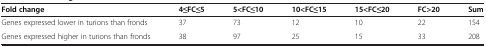
| Fold change | 4≤FC≤5 | 5<FC≤10 | 10<FC≤15 | 15<FC≤20 | FC>20 | Sum |
 | --- | --- | --- | --- | --- | --- | --- |
 | Genes expressed lower in turions than fronds | 37 | 73 | 12 | 10 | 22 | 154 |
 | Genes expressed higher in turions than fronds | 38 | 97 | 25 | 15 | 33 | 208 |